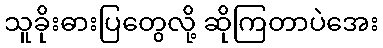
သူခိုးဓားပြတွေလို့ ဆိုကြတာပဲအေး